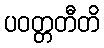
ပဝတ္တတီတိ